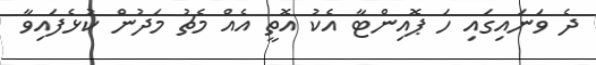
ދެ ވަނައިގައި ހަ ޕޮއިންޓާ އެކު އޮތީ އެއް މެޗު މަދުން ކުޅެފައިވާ